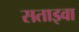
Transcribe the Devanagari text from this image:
सताइवा